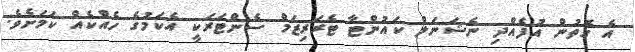
އެ ގޮތުން އުފެއްދި ނެޝަނަލް ކައުންޓާ ޓެރަރިޒަމް ސެންޓަރަކީ އެކަމުގެ ހެއްކެއް ކަމަށެވެ.